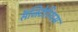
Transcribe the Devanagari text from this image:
सॅजिटेरियस